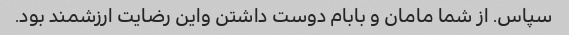
سپاس. از شما مامان و بابام دوست داشتن واین رضایت ارزشمند بود.